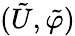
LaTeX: (\tilde{U},\tilde{\varphi})